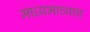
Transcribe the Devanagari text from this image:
माध्यमाच्याच